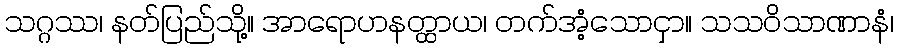
သဂ္ဂဿ၊ နတ်ပြည်သို့။ အာရောဟနတ္ထာယ၊ တက်အံ့သောငှာ။ သသဝိသာဏာနံ၊